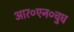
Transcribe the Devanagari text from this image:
आर०एन०चुघ